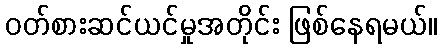
ဝတ်စားဆင်ယင်မှုအတိုင်း ဖြစ်နေရမယ်။